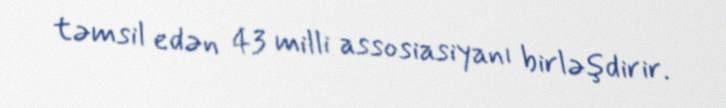
təmsil edən 43 milli assosiasiyanı birləşdirir.